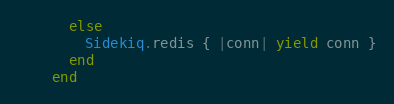
Language: Ruby
      else
        Sidekiq.redis { |conn| yield conn }
      end
    end